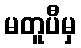
မတူပီမှ